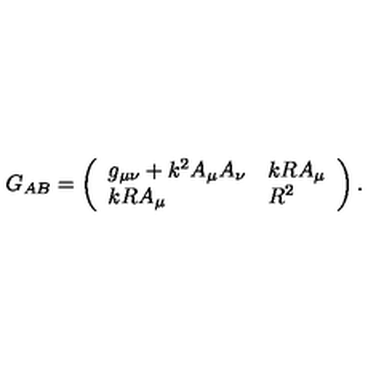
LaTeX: G _ { A B } = \left( \begin{array} { l l } { g _ { \mu \nu } + k ^ { 2 } A _ { \mu } A _ { \nu } } & { k R A _ { \mu } } \\ { k R A _ { \mu } } & { R ^ { 2 } } \\ \end{array} \right) .